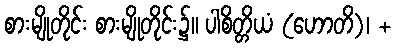
စားမျိုတိုင်း စားမျိုတိုင်း၌။ ပါစိတ္တိယံ (ဟောတိ)၊ +